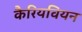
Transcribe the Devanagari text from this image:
कैरियवियन